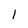
Character: 1